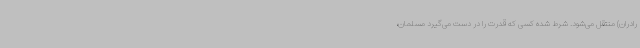
رادران) منتقل می‌شود. شرط شده کسی که قدرت را در دست می‌گیرد مسلمان،